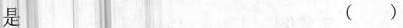
是 ()